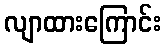
လျာထားကြောင်း